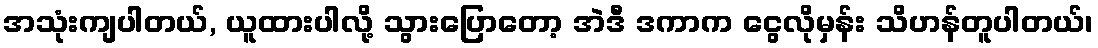
အသုံးကျပါတယ်, ယူထားပါလို့ သွားပြောတော့ အဲဒီ ဒကာက ငွေလိုမှန်း သိဟန်တူပါတယ်၊